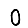
Digit: 0